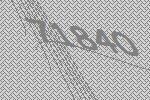
71840